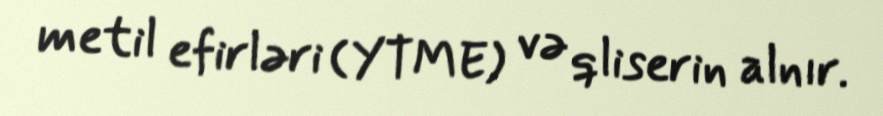
metil efirləri (YTME) və qliserin alnır.